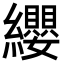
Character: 纓